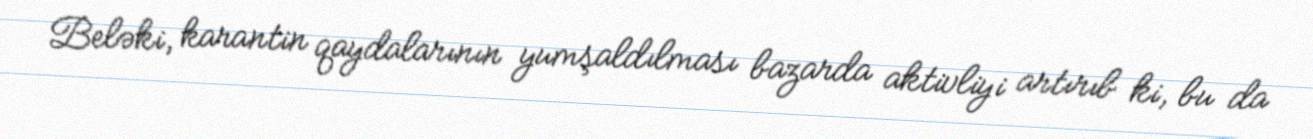
Beləki, karantin qaydalarının yumşaldılması bazarda aktivliyi artırıb ki, bu da